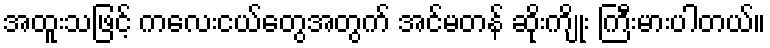
အထူးသဖြင့် ကလေးငယ်တွေအတွက် အင်မတန် ဆိုးကျိုး ကြီးမားပါတယ်။